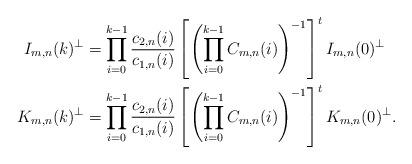
LaTeX: \begin{align*}\begin{aligned}I_{m,n}(k)^\perp &= \prod_{i=0}^{k-1}\frac{c_{2,n}(i)}{c_{1,n}(i)}\left[\left(\prod_{i=0}^{k-1} C_{m,n}(i)\right)^{-1}\right]^t I_{m,n}(0)^\perp \\K_{m,n}(k)^\perp &= \prod_{i=0}^{k-1}\frac{c_{2,n}(i)}{c_{1,n}(i)}\left[\left(\prod_{i=0}^{k-1} C_{m,n}(i)\right)^{-1}\right]^t K_{m,n}(0)^\perp .\end{aligned}\end{align*}